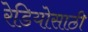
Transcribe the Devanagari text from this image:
रेडियोसाठी